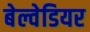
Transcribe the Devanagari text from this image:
बेल्वेडियर